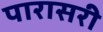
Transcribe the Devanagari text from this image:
पारासरी